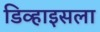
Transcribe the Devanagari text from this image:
डिव्हाइसला